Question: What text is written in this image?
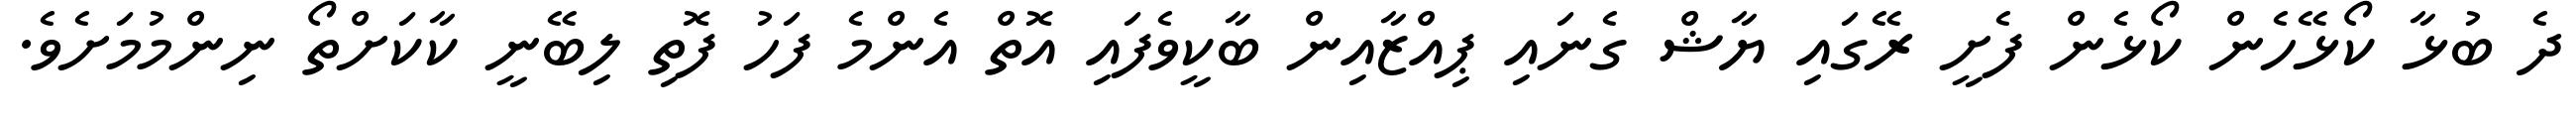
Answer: ދެ ބުޅާ ކޯޅޭހެން ކޯޅެން ފެށީ ރޭގައި ޔާޝް ގެނައި ޕިއްޒާއިން ބާކީވެފައި އޮތް އެންމެ ފަހު ފޮތި ލިބޭނީ ކާކަށްތޯ ނިންމުމަށެވެ.